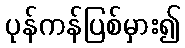
ပုန်ကန်ပြစ်မှား၍